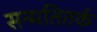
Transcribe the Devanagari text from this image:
सन्मतितर्क